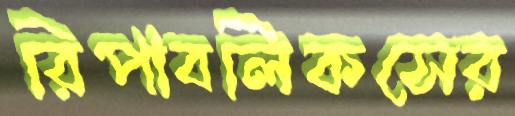
রিপাবলিকসের